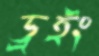
ড্রইং